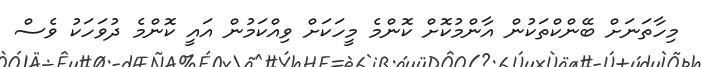
މިހާތަނަށް ބޭންކްތަކުން އާންމުކޮށް ކޮންމެ މީހަކަށް ވިއްކަމުން އައީ ކޮންމެ ދުވަހަކު ވެސް